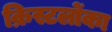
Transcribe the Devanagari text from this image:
क्रिस्टलोंका